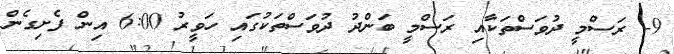
9- ރަސްމީ ދުވަސްތަކާއި ރަސްމީ ބަންދު ދުވަސްތަކުގައި ހަވީރު 6:00 އިން ފެށިގެން